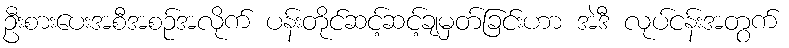
ဦးစားပေးအစီအစဉ်အလိုက် ပန်းတိုင်ဆင့်ဆင့်ချမှတ်ခြင်းဟာ အဲဒီ လုပ်ငန်းအတွက်